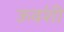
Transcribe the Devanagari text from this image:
ऊव॔शी